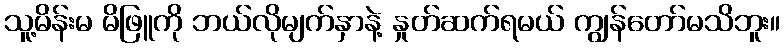
သူ့မိန်းမ မိဖြူကို ဘယ်လိုမျက်နှာနဲ့ နှုတ်ဆက်ရမယ် ကျွန်တော်မသိဘူး။